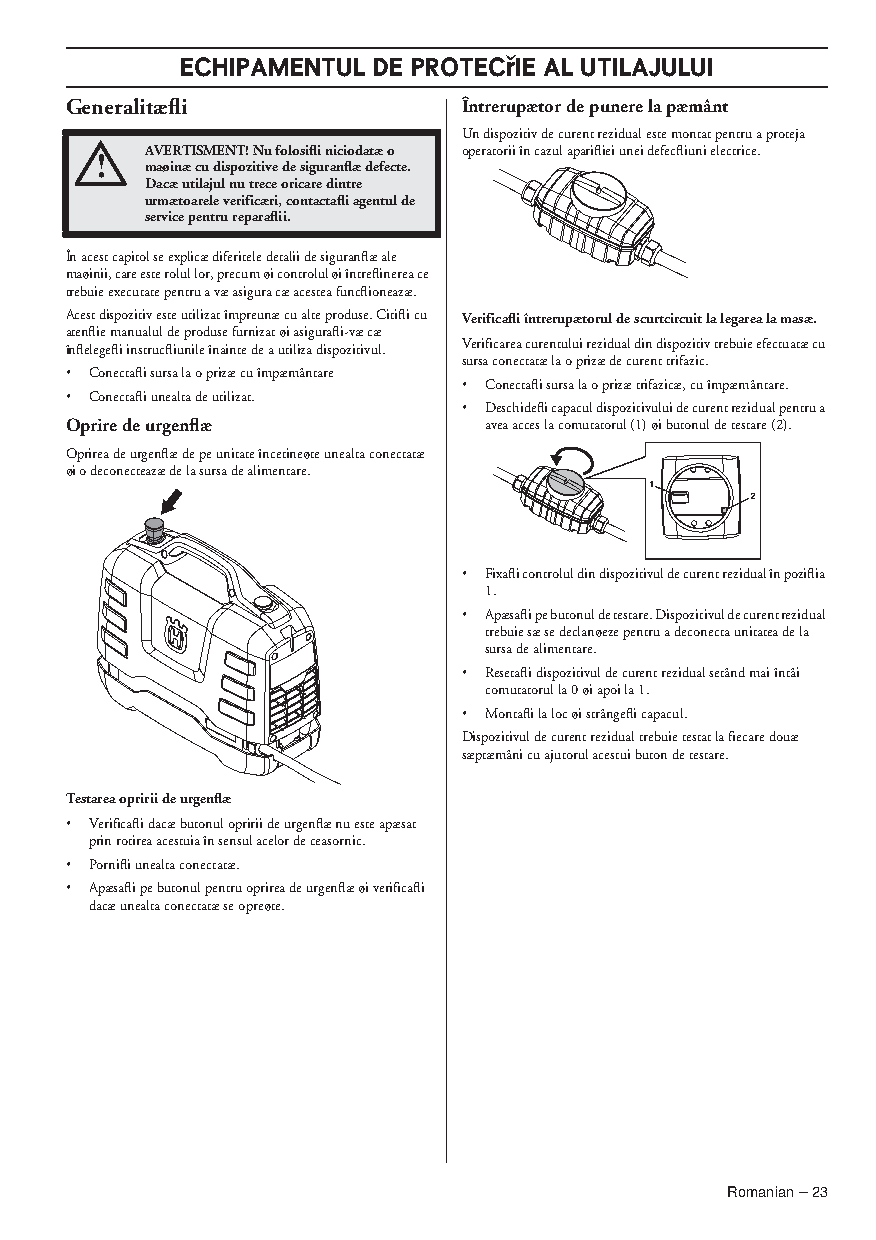
ECHIPAMENTUL DE PROTECfiIE AL UTILAJULUI
 Generalitæfli              Întrerupætor de punere la pæmânt
 Un dispozitiv de curent rezidual este montat pentru a proteja
 !   AVERTISMENT! Nu folosifli niciodatæ o operatorii în cazul aparifliei unei defecfliuni electrice.
 maøinæ cu dispozitive de siguranflæ defecte.
 Dacæ utilajul nu trece oricare dintre
 urmætoarele verificæri, contactafli agentul de
 service pentru reparaflii.
 În acest capitol se explicæ diferitele detalii de siguranflæ ale
 maøinii, care este rolul lor, precum øi controlul øi întreflinerea ce
 trebuie executate pentru a væ asigura cæ acestea funcflioneazæ.
 Acest dispozitiv este utilizat împreunæ cu alte produse. Citifli cu Verificafli întrerupætorul de scurtcircuit la legarea la masæ.
 atenflie manualul de produse furnizat øi asigurafli-væ cæ
 înflelegefli instrucfliunile înainte de a utiliza dispozitivul. Verificarea curentului rezidual din dispozitiv trebuie efectuatæ cu
 sursa conectatæ la o prizæ de curent trifazic.
 • Conectafli sursa la o prizæ cu împæmântare
 • Conectafli sursa la o prizæ trifazicæ, cu împæmântare.
 • Conectafli unealta de utilizat.
 • Deschidefli capacul dispozitivului de curent rezidual pentru a
 Oprire de urgenflæ          avea acces la comutatorul (1) øi butonul de testare (2).
 Oprirea de urgenflæ de pe unitate încetineøte unealta conectatæ
 øi o deconecteazæ de la sursa de alimentare.
 • Fixafli controlul din dispozitivul de curent rezidual în poziflia
 1.
 • Apæsafli pe butonul de testare. Dispozitivul de curent rezidual
 trebuie sæ se declanøeze pentru a deconecta unitatea de la
 sursa de alimentare.
 • Resetafli dispozitivul de curent rezidual setând mai întâi
 comutatorul la 0 øi apoi la 1.
 • Montafli la loc øi strângefli capacul.
 Dispozitivul de curent rezidual trebuie testat la fiecare douæ
 sæptæmâni cu ajutorul acestui buton de testare.
 Testarea opririi de urgenflæ
 • Verificafli dacæ butonul opririi de urgenflæ nu este apæsat
 prin rotirea acestuia în sensul acelor de ceasornic.
 • Pornifli unealta conectatæ.
 • Apæsafli pe butonul pentru oprirea de urgenflæ øi verificafli
 dacæ unealta conectatæ se opreøte.
 Romanian – 23